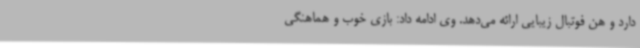
دارد و هن فوتبال زیبایی ارائه می‌دهد. وی ادامه داد: بازی خوب و هماهنگی